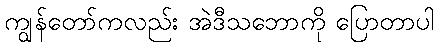
ကျွန်တော်ကလည်း အဲဒီသဘောကို ပြောတာပါ